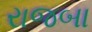
રાજબા